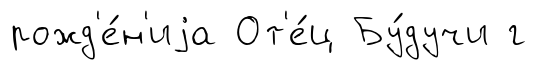
рожд'е́н'иjа От'е́ц Бу́дучи г